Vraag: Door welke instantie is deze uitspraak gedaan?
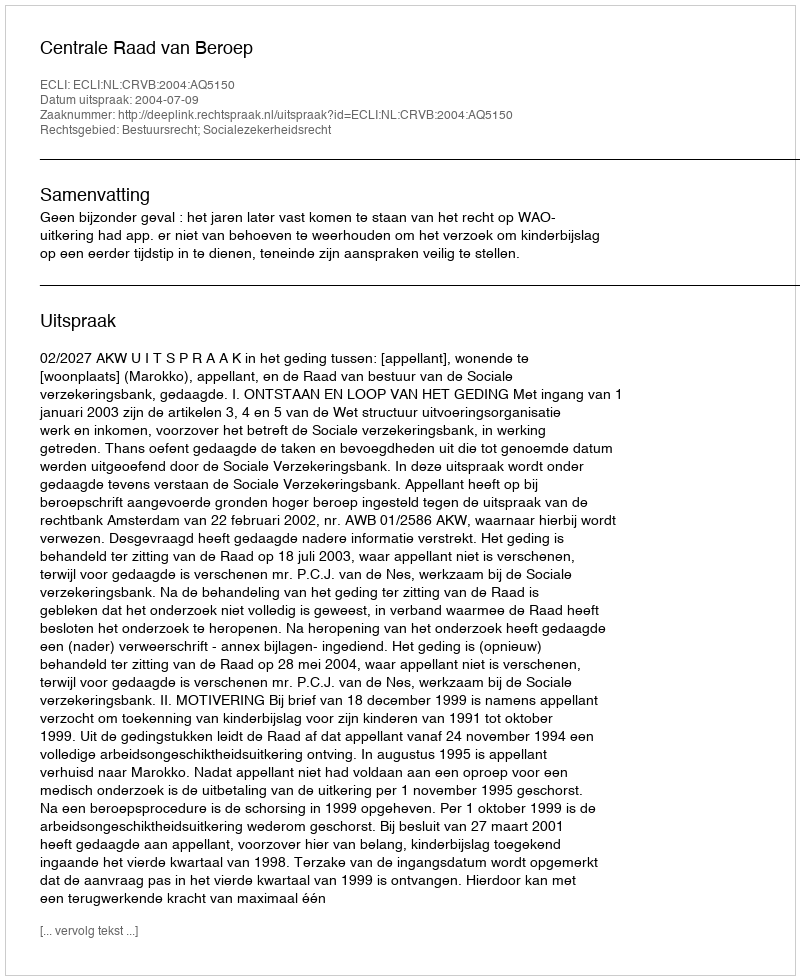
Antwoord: Centrale Raad van Beroep